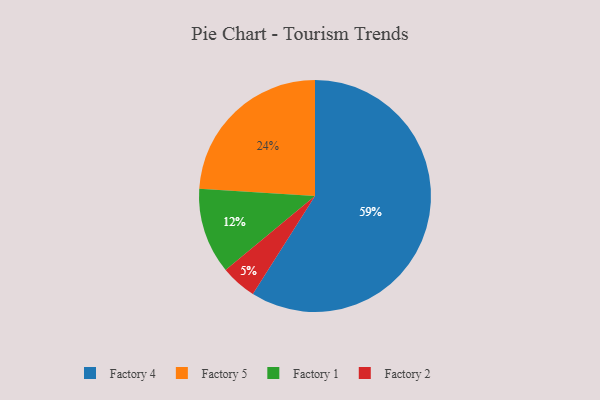
{"axis": {"x": "Category", "y": "Percentage"}, "legend": ["Factory 1", "Factory 2", "Factory 4", "Factory 5"], "data": [{"x": "Factory 4", "y": 59, "type": "Factory 4"}, {"x": "Factory 1", "y": 12, "type": "Factory 1"}, {"x": "Factory 2", "y": 5, "type": "Factory 2"}, {"x": "Factory 5", "y": 24, "type": "Factory 5"}]}